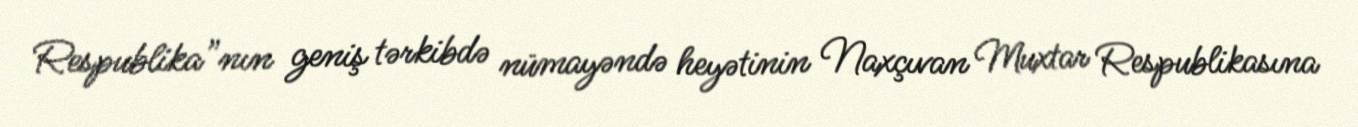
Respublika”nın geniş tərkibdə nümayəndə heyətinin Naxçıvan Muxtar Respublikasına